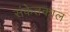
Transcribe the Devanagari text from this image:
संकेतकाल